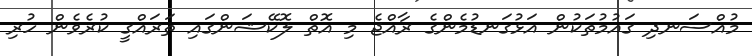
މުއްސަނދި ގައުމުތަކުން އަޅުގަނޑުމެންގެ ރާއްޖެ މި އޮތް ލޮކޭޝަންގައި ތަރައްގީ ކުރެވެން ހުރި